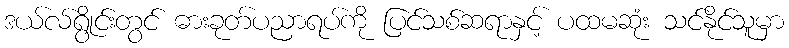
ဒယ်လ်ရွိုင်းတွင် ဓားခုတ်ပညာရပ်ကို ပြင်သစ်ဆရာနှင့် ပထမဆုံး သင်နိုင်သူမှာ